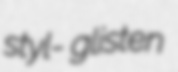
styl- glisten